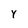
Character: Y